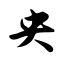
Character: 央